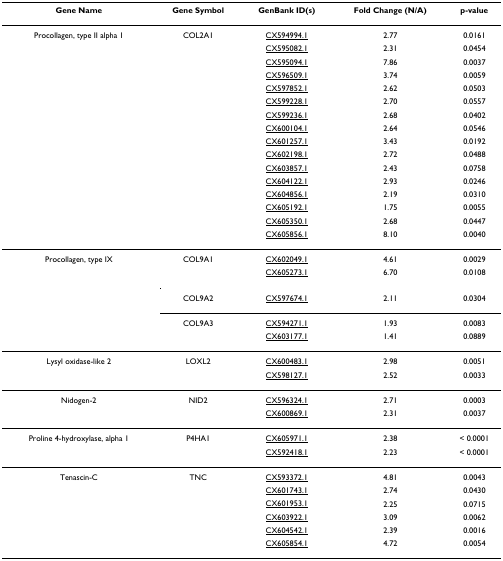
<table><thead><tr><td><b>Gene Name</b></td><td><b>Gene Symbol</b></td><td><b>GenBank ID(s)</b></td><td><b>Fold Change (N/A)</b></td><td><b>p-value</b></td></tr></thead><tbody><tr><td>Procollagen, type II alpha 1</td><td>COL2A1</td><td>CX594994.1</td><td>2.77</td><td>0.0161</td></tr><tr><td>[EMPTY_CELL]</td><td>[EMPTY_CELL]</td><td>CX595082.1</td><td>2.31</td><td>0.0454</td></tr><tr><td>[EMPTY_CELL]</td><td>[EMPTY_CELL]</td><td>CX595094.1</td><td>7.86</td><td>0.0037</td></tr><tr><td>[EMPTY_CELL]</td><td>[EMPTY_CELL]</td><td>CX596509.1</td><td>3.74</td><td>0.0059</td></tr><tr><td>[EMPTY_CELL]</td><td>[EMPTY_CELL]</td><td>CX597852.1</td><td>2.62</td><td>0.0503</td></tr><tr><td>[EMPTY_CELL]</td><td>[EMPTY_CELL]</td><td>CX599228.1</td><td>2.70</td><td>0.0557</td></tr><tr><td>[EMPTY_CELL]</td><td>[EMPTY_CELL]</td><td>CX599236.1</td><td>2.68</td><td>0.0402</td></tr><tr><td>[EMPTY_CELL]</td><td>[EMPTY_CELL]</td><td>CX600104.1</td><td>2.64</td><td>0.0546</td></tr><tr><td>[EMPTY_CELL]</td><td>[EMPTY_CELL]</td><td>CX601257.1</td><td>3.43</td><td>0.0192</td></tr><tr><td>[EMPTY_CELL]</td><td>[EMPTY_CELL]</td><td>CX602198.1</td><td>2.72</td><td>0.0488</td></tr><tr><td>[EMPTY_CELL]</td><td>[EMPTY_CELL]</td><td>CX603857.1</td><td>2.43</td><td>0.0758</td></tr><tr><td>[EMPTY_CELL]</td><td>[EMPTY_CELL]</td><td>CX604122.1</td><td>2.93</td><td>0.0246</td></tr><tr><td>[EMPTY_CELL]</td><td>[EMPTY_CELL]</td><td>CX604856.1</td><td>2.19</td><td>0.0310</td></tr><tr><td>[EMPTY_CELL]</td><td>[EMPTY_CELL]</td><td>CX605192.1</td><td>1.75</td><td>0.0055</td></tr><tr><td>[EMPTY_CELL]</td><td>[EMPTY_CELL]</td><td>CX605350.1</td><td>2.68</td><td>0.0447</td></tr><tr><td>[EMPTY_CELL]</td><td>[EMPTY_CELL]</td><td>CX605856.1</td><td>8.10</td><td>0.0040</td></tr><tr><td>Procollagen, type IX</td><td>COL9A1</td><td>CX602049.1</td><td>4.61</td><td>0.0029</td></tr><tr><td>[EMPTY_CELL]</td><td>[EMPTY_CELL]</td><td>CX605273.1</td><td>6.70</td><td>0.0108</td></tr><tr><td>[EMPTY_CELL]</td><td>COL9A2</td><td>CX597674.1</td><td>2.11</td><td>0.0304</td></tr><tr><td>[EMPTY_CELL]</td><td>COL9A3</td><td>CX594271.1</td><td>1.93</td><td>0.0083</td></tr><tr><td>[EMPTY_CELL]</td><td>[EMPTY_CELL]</td><td>CX603177.1</td><td>1.41</td><td>0.0889</td></tr><tr><td>Lysyl oxidase-like 2</td><td>LOXL2</td><td>CX600483.1</td><td>2.98</td><td>0.0051</td></tr><tr><td>[EMPTY_CELL]</td><td>[EMPTY_CELL]</td><td>CX598127.1</td><td>2.52</td><td>0.0033</td></tr><tr><td>Nidogen-2</td><td>NID2</td><td>CX596324.1</td><td>2.71</td><td>0.0003</td></tr><tr><td>[EMPTY_CELL]</td><td>[EMPTY_CELL]</td><td>CX600869.1</td><td>2.31</td><td>0.0037</td></tr><tr><td>Proline 4-hydroxylase, alpha 1</td><td>P4HA1</td><td>CX605971.1</td><td>2.38</td><td>&lt; 0.0001</td></tr><tr><td>[EMPTY_CELL]</td><td>[EMPTY_CELL]</td><td>CX592418.1</td><td>2.23</td><td>&lt; 0.0001</td></tr><tr><td>Tenascin-C</td><td>TNC</td><td>CX593372.1</td><td>4.81</td><td>0.0043</td></tr><tr><td>[EMPTY_CELL]</td><td>[EMPTY_CELL]</td><td>CX601743.1</td><td>2.74</td><td>0.0430</td></tr><tr><td>[EMPTY_CELL]</td><td>[EMPTY_CELL]</td><td>CX601953.1</td><td>2.25</td><td>0.0715</td></tr><tr><td>[EMPTY_CELL]</td><td>[EMPTY_CELL]</td><td>CX603922.1</td><td>3.09</td><td>0.0062</td></tr><tr><td>[EMPTY_CELL]</td><td>[EMPTY_CELL]</td><td>CX604542.1</td><td>2.39</td><td>0.0016</td></tr><tr><td>[EMPTY_CELL]</td><td>[EMPTY_CELL]</td><td>CX605854.1</td><td>4.72</td><td>0.0054</td></tr></tbody></table>